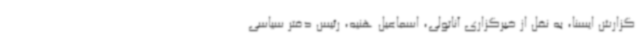
گزارش ایسنا، به نقل از خبرگزاری آناتولی، اسماعیل هنیه، رئیس دفتر سیاسی